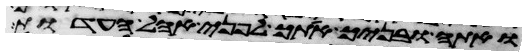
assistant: ואתה ובניך אתך לפני אהל העדות